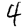
Digit: 4